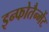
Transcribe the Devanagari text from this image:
इन्फोतैन्मेंट